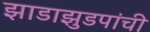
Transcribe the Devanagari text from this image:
झाडाझुडपांची